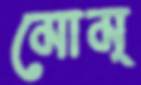
মোম্